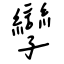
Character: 孿